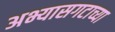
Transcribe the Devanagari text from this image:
अभ्यासगटाच्या